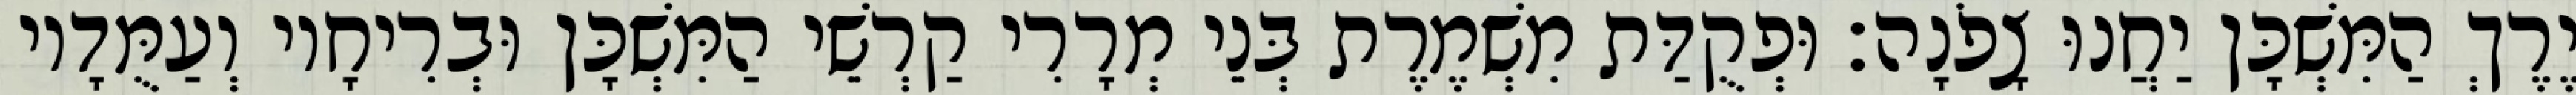
יֶרֶךְ הַמִּשְׁכָּן יַחֲנוּ צָפֹנָה׃ וּפְקֻדַּת מִשְׁמֶרֶת בְּנֵי מְרָרִי קַרְשֵׁי הַמִּשְׁכָּן וּבְרִיחָיו וְעַמֻּדָיו